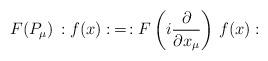
LaTeX: \begin{align*} F(P_\mu) \, :f(x):\, = \, :F\left(i\frac{\partial}{\partial x_\mu}\right)\, f(x):\end{align*}